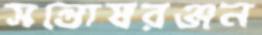
সন্তোষরঞ্জন